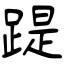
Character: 踶